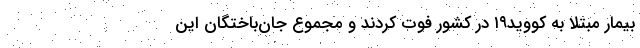
بیمار مبتلا به کووید۱۹ در کشور فوت کردند و مجموع جان‌باختگان این